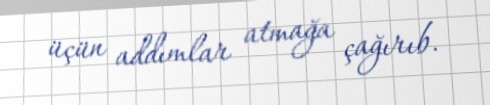
üçün addımlar atmağa çağırıb.